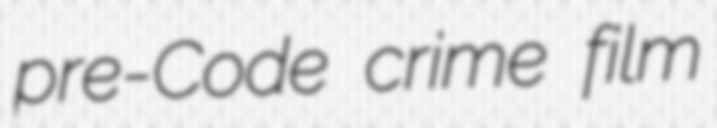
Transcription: pre-Code crime film